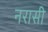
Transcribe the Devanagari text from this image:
नरासी